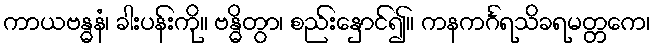
ကာယဗန္ဓနံ၊ ခါးပန်းကို။ ဗန္ဓိတွာ၊ စည်းနှောင်၍။ ကနကင်္ဂရသိခရမတ္တကေ၊